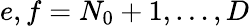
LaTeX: e,f=N_{0}+1,\ldots,D